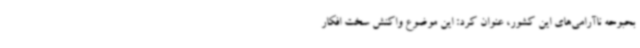
بحبوحه ناآرامی‌های این کشور، عنوان کرد: این موضوع واکنش سخت افکار